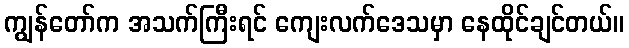
ကျွန်တော်က အသက်ကြီးရင် ကျေးလက်ဒေသမှာ နေထိုင်ချင်တယ်။